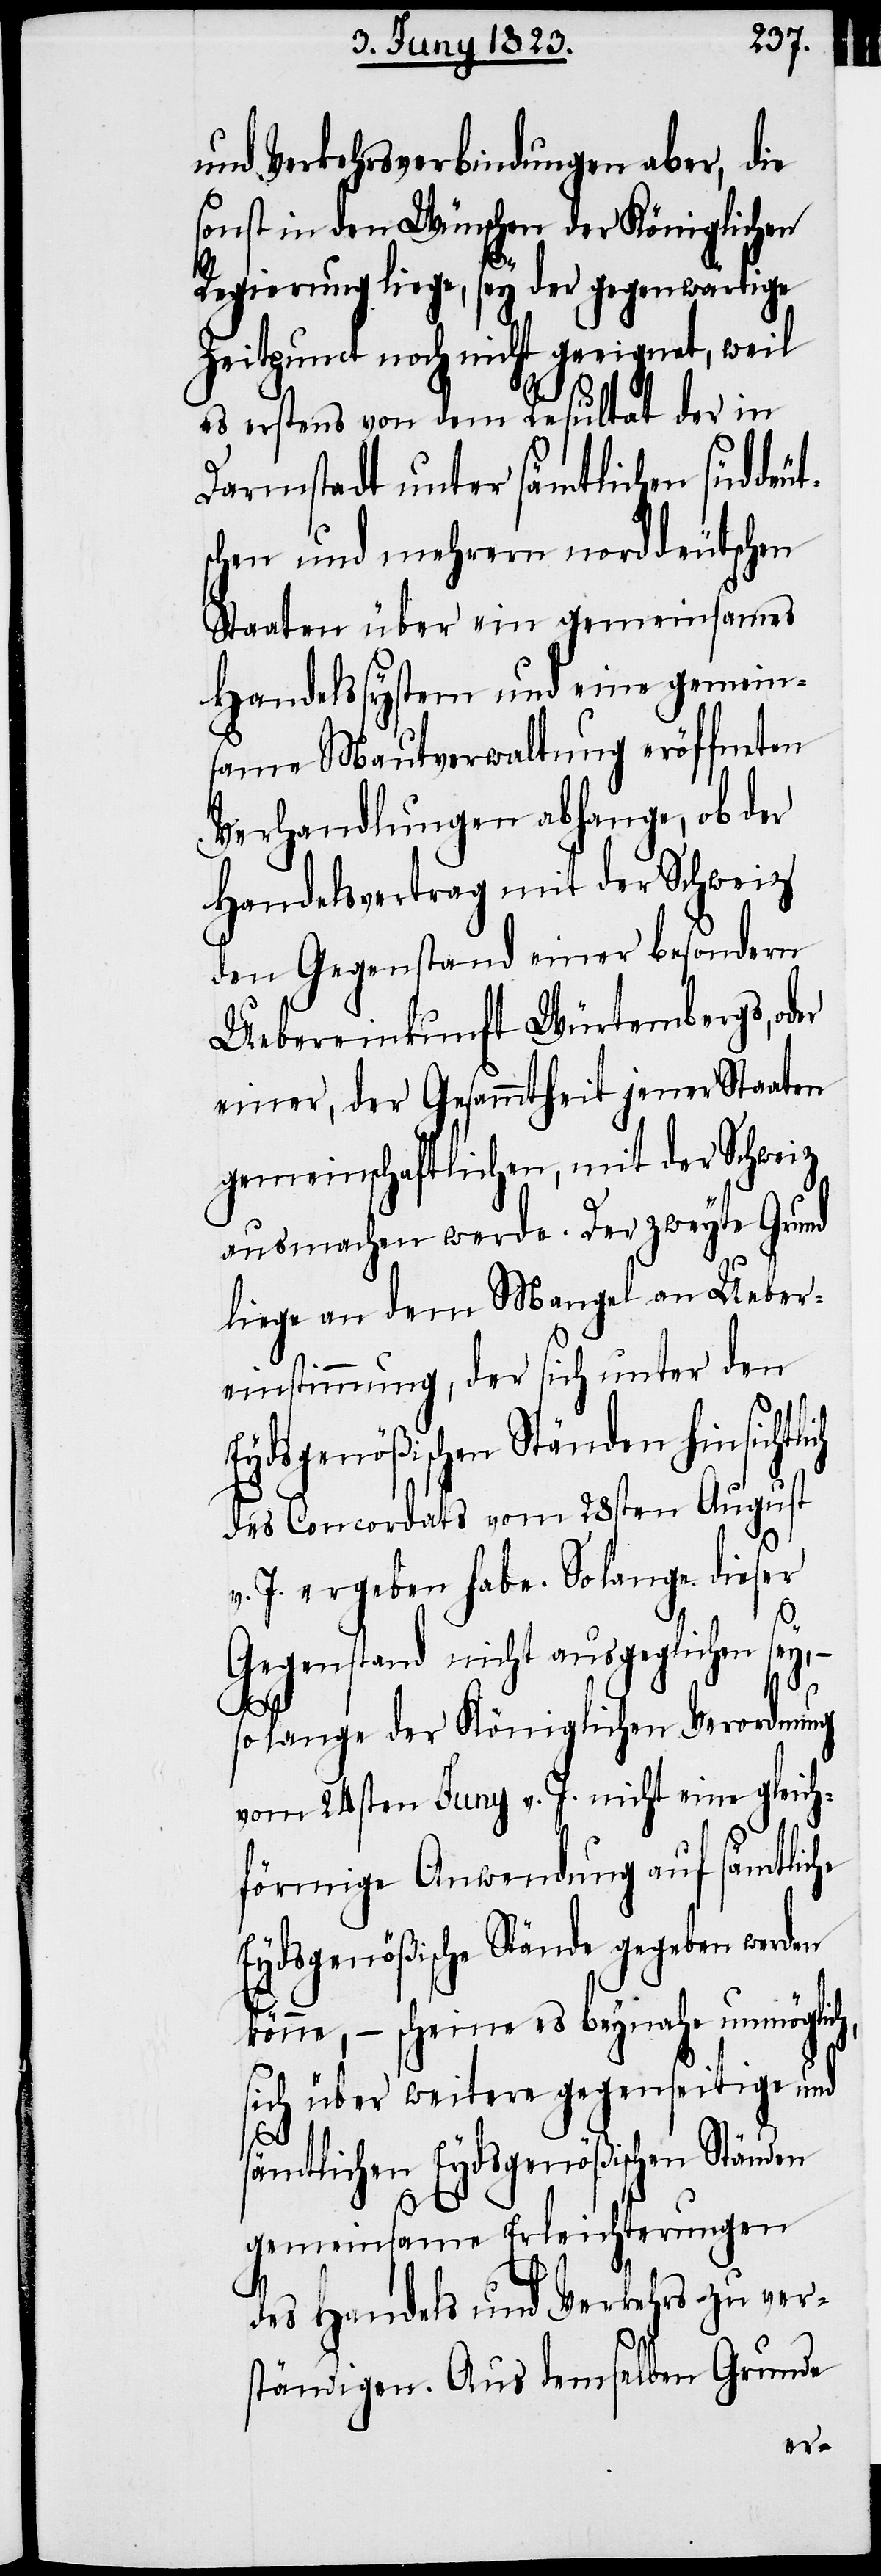
und Verkehrsverbindungen aber, die
sonst in den Wünschen der Königlichen
Regierung liege, sey der gegenwärtige
Zeitpunct noch nicht geeignet, weil
es erstens von dem Resultat der in
Darmstadt unter sämtlichen süddeut¬
schen und mehrern norddeutschen
Staaten über ein gemeinsames
Handelssystem und eine gemein¬
same Mautverwaltung eröffneten
Verhandlungen abhange, ob der
Handelsvertrag mit der Schweiz
den Gegenstand einer besondern
Uebereinkunft Würtembergs, od¬
einer, der Gesammtheit jener Staaten
gemeinschaftlichen, mit der Schweiz
ausmachen werde. Der zweyte Grund
liege an dem Mangel an Ueber¬
einstimmung, der sich unter den
Eydsgenößischen Ständen hinsichtli¬
des Concordats vom 28sten August
J. ergeben habe. Solange dieser
Gegenstand nicht ausgeglichen sey, –
solange der Königlichen Verordnung
vom 24sten Juny v. J. nicht eine gleich¬
förmige Anwendung auf sämtliche
Eydsgenößische Stände gegeben werden
könne, – scheine es beynahe unmöglich,
sich über weitere gegenseitige und
sämtlichen Eydsgenößischen Ständen
ch
gemeinsame Erleichterungen
des Handels und Verkehrs zu ver¬
ständigen. Aus demselben Grunde
er